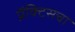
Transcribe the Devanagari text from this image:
प्रॅक्‍टिसचा